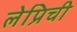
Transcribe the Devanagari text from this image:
लेप्रिची